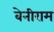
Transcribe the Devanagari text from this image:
बेनीराम